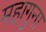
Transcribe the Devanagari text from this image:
महागुना